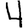
Digit: 4